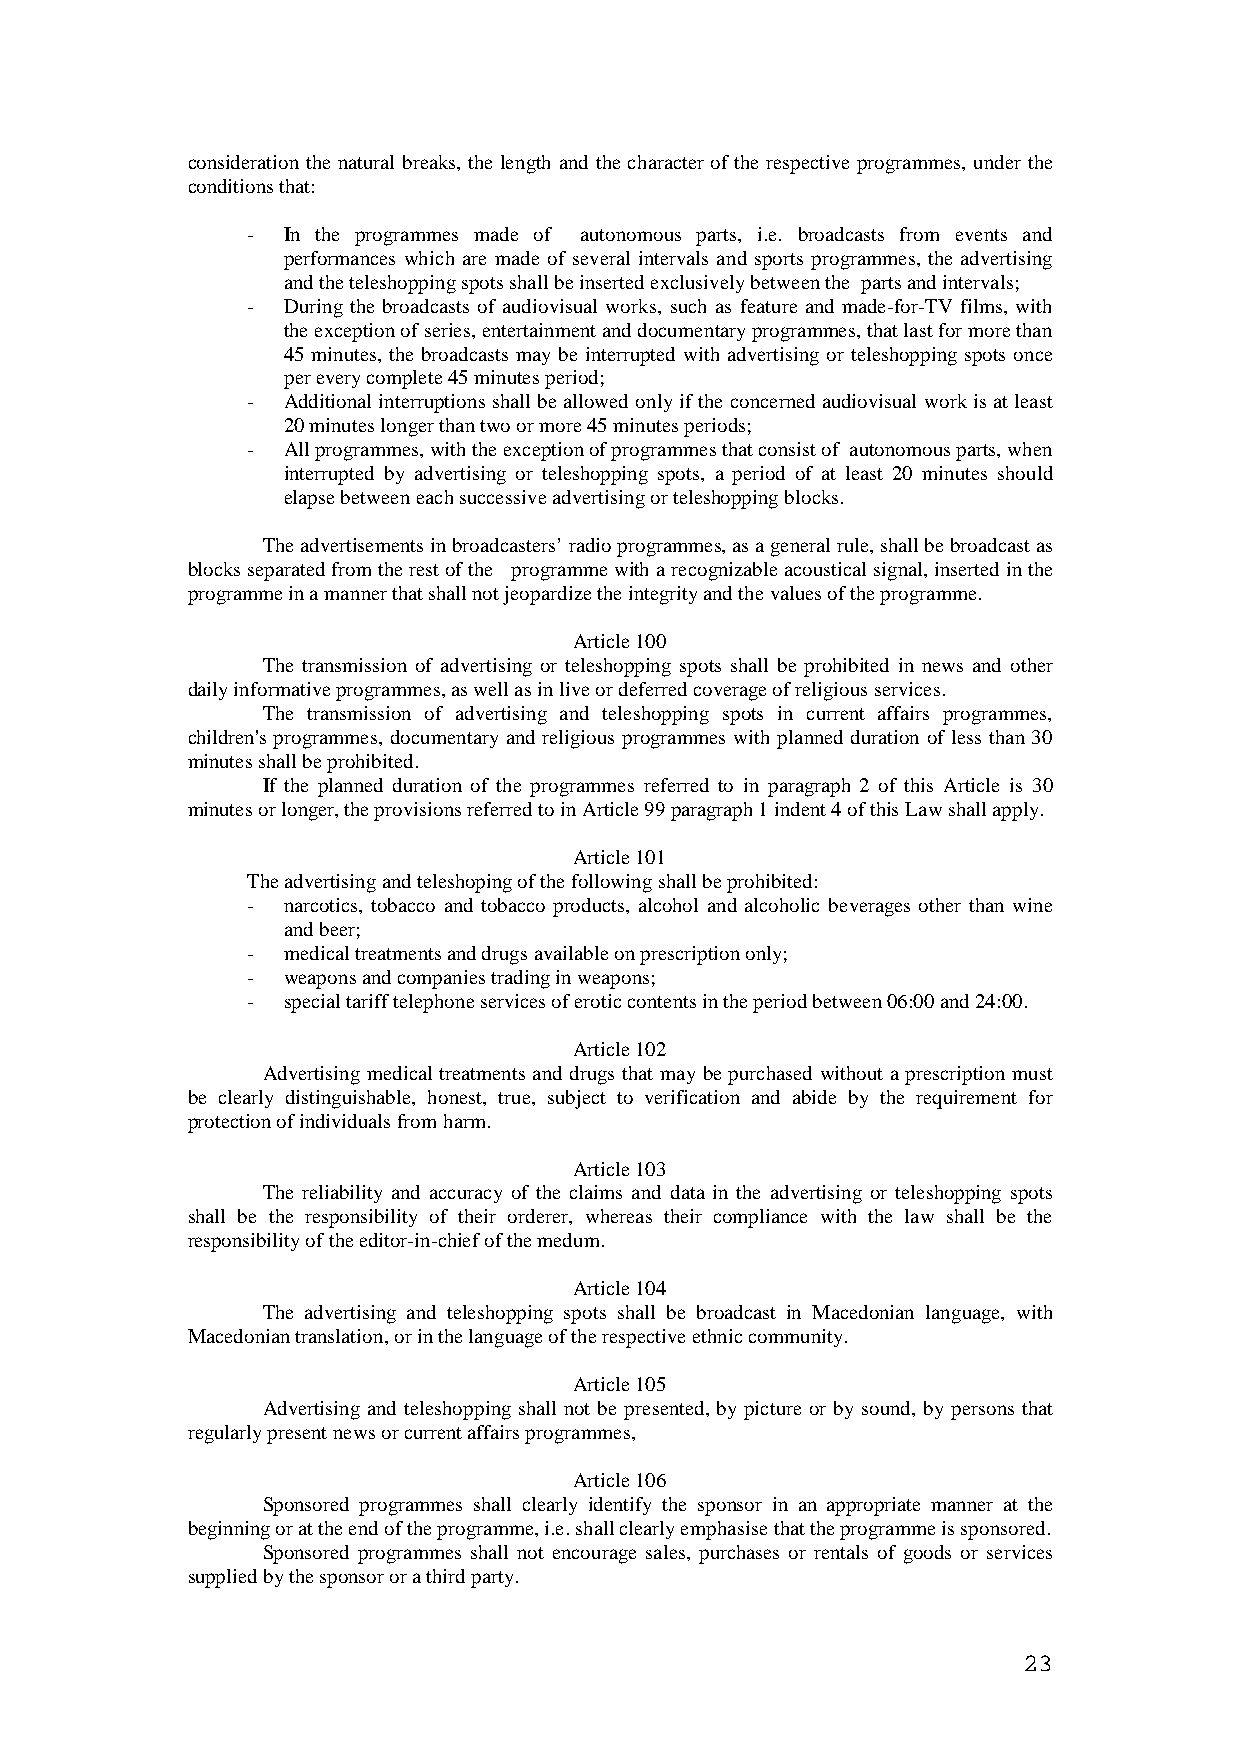
consideration the natural breaks, the length and the character of the respective programmes, under the
 conditions that:
 -  In the programmes made of autonomous parts, i.e. broadcasts from events and
 performances which are made of several intervals and sports programmes, the advertising
 and the teleshopping spots shall be inserted exclusively between the parts and intervals;
 -  During the broadcasts of audiovisual works, such as feature and made-for-TV films, with
 the exception of series, entertainment and documentary programmes, that last for more than
 45 minutes, the broadcasts may be interrupted with advertising or teleshopping spots once
 per every complete 45 minutes period;
 -  Additional interruptions shall be allowed only if the concerned audiovisual work is at least
 20 minutes longer than two or more 45 minutes periods;
 -  All programmes, with the exception of programmes that consist of autonomous parts, when
 interrupted by advertising or teleshopping spots, a period of at least 20 minutes should
 elapse between each successive advertising or teleshopping blocks.
 The advertisements in broadcasters’ radio programmes, as a general rule, shall be broadcast as
 blocks separated from the rest of the programme with a recognizable acoustical signal, inserted in the
 programme in a manner that shall not jeopardize the integrity and the values of the programme.
 Article 100
 The transmission of advertising or teleshopping spots shall be prohibited in news and other
 daily informative programmes, as well as in live or deferred coverage of religious services.
 The transmission of advertising and teleshopping spots in current affairs programmes,
 children's programmes, documentary and religious programmes with planned duration of less than 30
 minutes shall be prohibited.
 If the planned duration of the programmes referred to in paragraph 2 of this Article is 30
 minutes or longer, the provisions referred to in Article 99 paragraph 1 indent 4 of this Law shall apply.
 Article 101
 The advertising and teleshoping of the following shall be prohibited:
 -  narcotics, tobacco and tobacco products, alcohol and alcoholic beverages other than wine
 and beer;
 -  medical treatments and drugs available on prescription only;
 -  weapons and companies trading in weapons;
 -  special tariff telephone services of erotic contents in the period between 06:00 and 24:00.
 Article 102
 Advertising medical treatments and drugs that may be purchased without a prescription must
 be clearly distinguishable, honest, true, subject to verification and abide by the requirement for
 protection of individuals from harm.
 Article 103
 The reliability and accuracy of the claims and data in the advertising or teleshopping spots
 shall be the responsibility of their orderer, whereas their compliance with the law shall be the
 responsibility of the editor-in-chief of the medum.
 Article 104
 The advertising and teleshopping spots shall be broadcast in Macedonian language, with
 Macedonian translation, or in the language of the respective ethnic community.
 Article 105
 Advertising and teleshopping shall not be presented, by picture or by sound, by persons that
 regularly present news or current affairs programmes,
 Article 106
 Sponsored programmes shall clearly identify the sponsor in an appropriate manner at the
 beginning or at the end of the programme, i.e. shall clearly emphasise that the programme is sponsored.
 Sponsored programmes shall not encourage sales, purchases or rentals of goods or services
 supplied by the sponsor or a third party.
 23